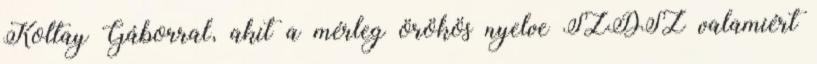
Koltay Gáborral, akit a mérleg örökös nyelve SZDSZ valamiért